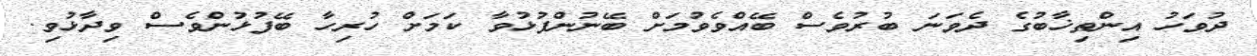
ދުވަހު އިންތިޚާބުގެ ދެވަނަ ބުރުވެސް ބޭއްވެވުމަށް ބޭނުންފުޅުވާ ކަމަށް ހުރިހާ ބޭފުޅުންވެސް ވިދާޅުވި.